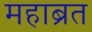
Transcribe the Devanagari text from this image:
महाब्रत